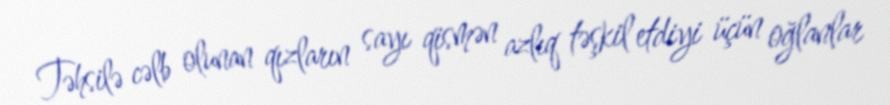
Təhsilə cəlb olunan qızların sayı qismən azlıq təşkil etdiyi üçün oğlanlar